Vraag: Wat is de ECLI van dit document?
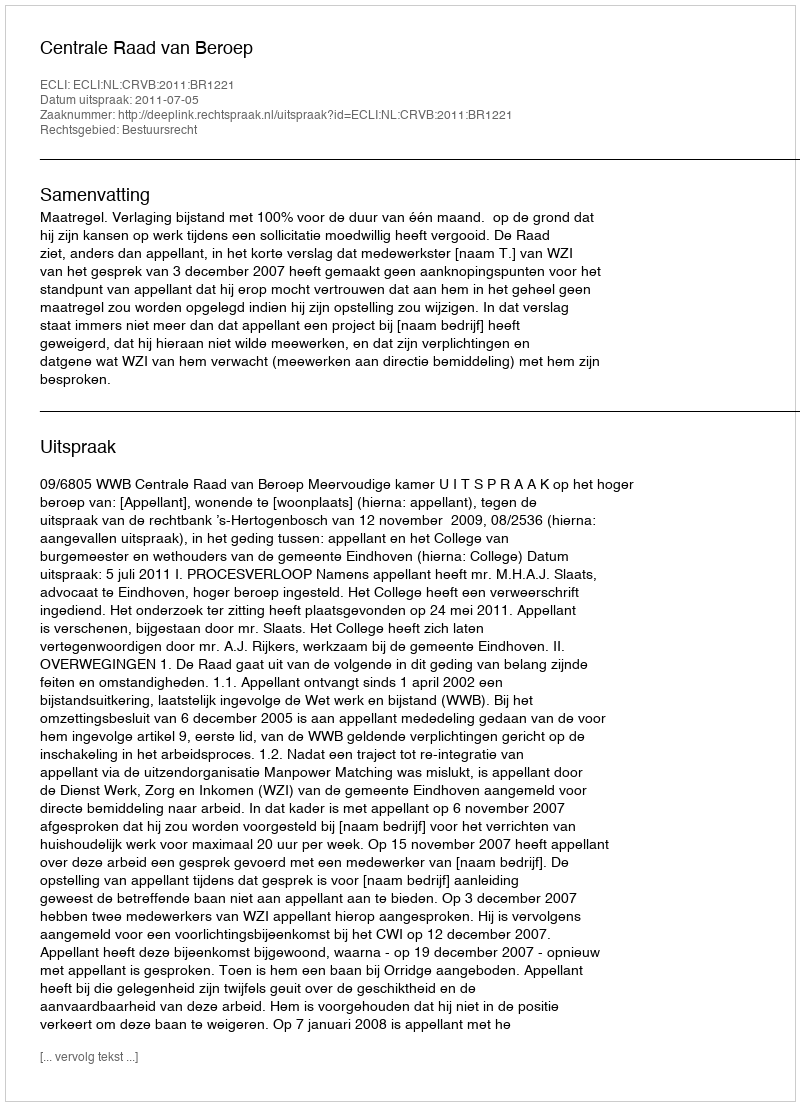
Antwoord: ECLI:NL:CRVB:2011:BR1221